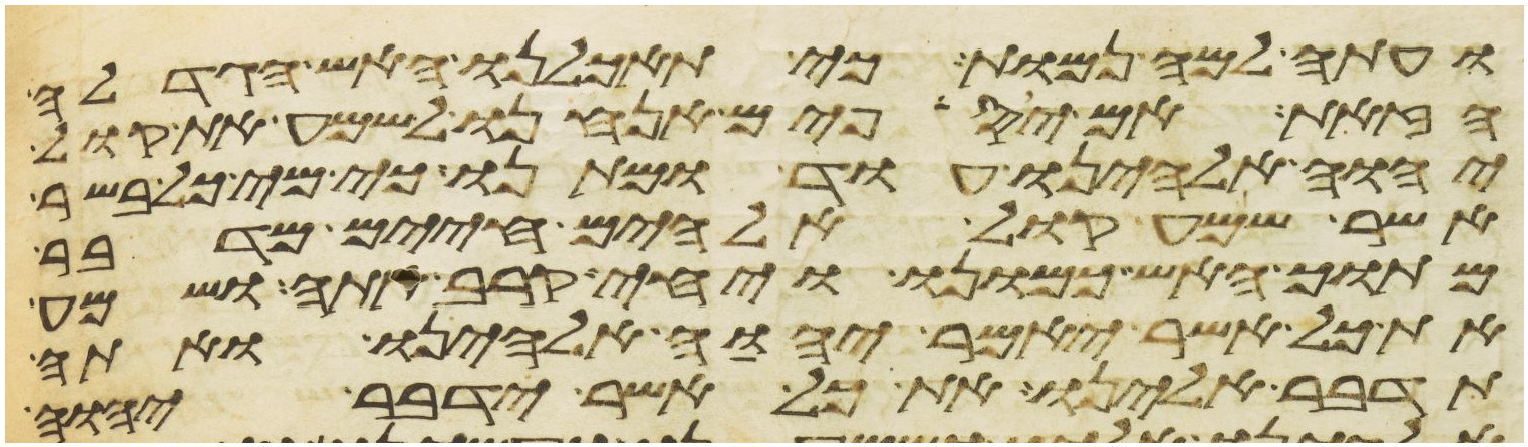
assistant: ועתה למה נמות כי תאכלנו האש הגדלה
הזאת אם יספים אנחנו לשמע את קול
יהוה אלהינו עוד ומתנו כי מי כל בשר
אשר שמע קול אלהים חיים מדבר
מתוך האש כמונו ויחי קרב אתה ושמע
את כל אשר יאמר יהוה אלהינו ואתה
תדבר אלינו את כל אשר ידבר יהוה